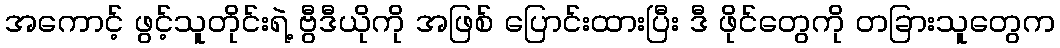
အကောင့် ဖွင့်သူတိုင်းရဲ့ ဗွီဒီယိုကို အဖြစ် ပြောင်းထားပြီး ဒီ ဖိုင်တွေကို တခြားသူတွေက